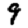
Digit: 9